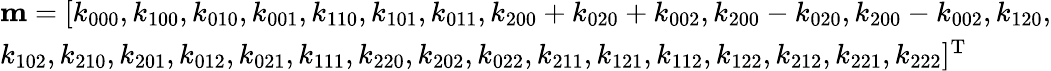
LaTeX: \begin{array}{l}{{\mathbf{m}}=[{k_{000}},{k_{100}},{k_{010}},{k_{001}},{k_{110}},{k_{101}},{k_{011}},{k_{200}}+{k_{020}}+{k_{002}},{k_{200}}-{k_{020}},{k_{200}}-{k_{002}},{k_{120}},}\\ {\mathrm{}{k_{102}},{k_{210}},{k_{201}},{k_{012}},{k_{021}},{k_{111}},{k_{220}},{k_{202}},{k_{022}},{k_{211}},{k_{121}},{k_{112}},{k_{122}},{k_{212}},{k_{221}},{k_{222}}{]^{\mathrm{T}}}}\end{array}